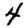
Digit: 4